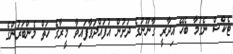
ޓެކްސް ނެގުމާ ބެހޭ އިދާރީ ގާނޫނުގެ ދަށުން އުފައްދަވާފައިވާ މީރާގެ ހަތް މެންބަރުންގެ